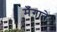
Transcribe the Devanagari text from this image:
मँगाते